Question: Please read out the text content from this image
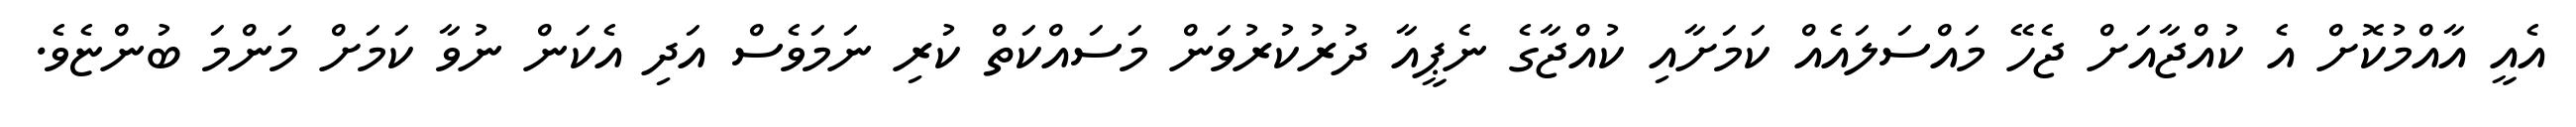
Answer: އެއީ އާއްމުކޮށް އެ ކުއްޖާއަށް ޖެހޭ މައްސަލައެއް ކަމަށާއި ކުއްޖާގެ ނެޕީއާ ދުރުކުރުވަން މަސައްކަތް ކުރި ނަމަވެސް އަދި އެކަން ނުވާ ކަމަށް މަންމަ ބުންޏެވެ.